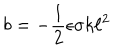
b = - \frac { 1 } { 2 } \epsilon \sigma k \ell ^ { 2 }